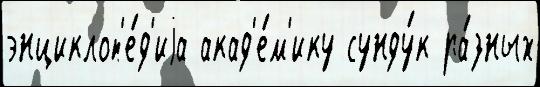
энциклоп'е́д'иjа акад'е́м'ику сунду́к ра́зных